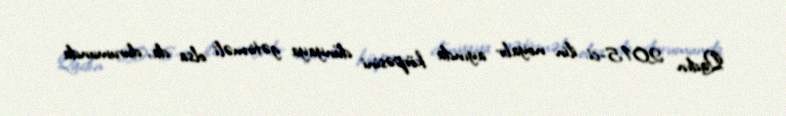
Qadın 2015-ci ilin noyabr ayında körpəsini dünyaya gətirməli olsa da, durumunda